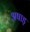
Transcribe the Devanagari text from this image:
अषाड़